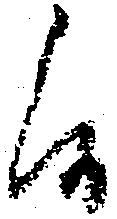
候